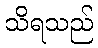
သိရသည်